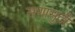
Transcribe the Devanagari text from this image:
सणासुदी